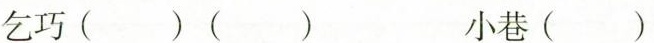
乞巧()() 小巷()